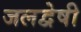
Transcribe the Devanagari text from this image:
जलद्वेषी